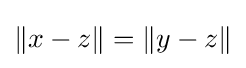
\|x-z\|=\|y-z\|